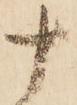
十